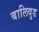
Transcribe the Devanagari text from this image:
बालिवुड